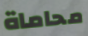
محاماة